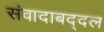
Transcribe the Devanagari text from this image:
संवादाबद्दल